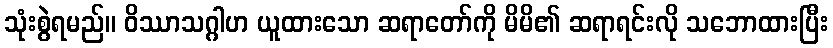
သုံးစွဲရမည်။ ဝိဿာသဂ္ဂါဟ ယူထားသော ဆရာတော်ကို မိမိ၏ ဆရာရင်းလို သဘောထားပြီး